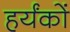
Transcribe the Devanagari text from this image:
हर्यंकों